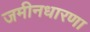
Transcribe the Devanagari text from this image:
जमीनधारणा